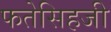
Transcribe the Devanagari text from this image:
फतेसिहजी